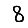
Digit: 8